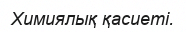
Химиялық қасиеті.